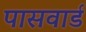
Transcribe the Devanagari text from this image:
पासवार्ड